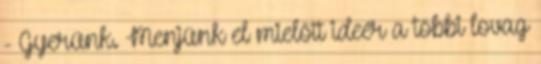
- Gyerünk. Menjünk el mielőtt ideér a többi lovag